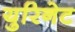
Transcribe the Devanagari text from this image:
युरिनेट